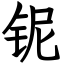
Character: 铌